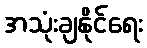
အသုံးချနိုင်ရေး